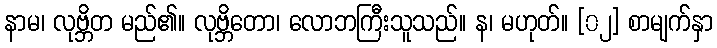
နာမ၊ လုဗ္ဘိတ မည်၏။ လုဗ္ဘိတော၊ လောဘကြီးသူသည်။ န၊ မဟုတ်။ [၀၂] စာမျက်နှာ